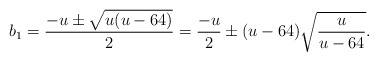
\begin{align*} b_1=\frac{-u \pm \sqrt{u(u-64)}}{2} = \frac{-u}{2} \pm (u-64)\sqrt{\frac{u}{u-64}}.\end{align*}